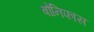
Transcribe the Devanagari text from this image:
बोनिफास